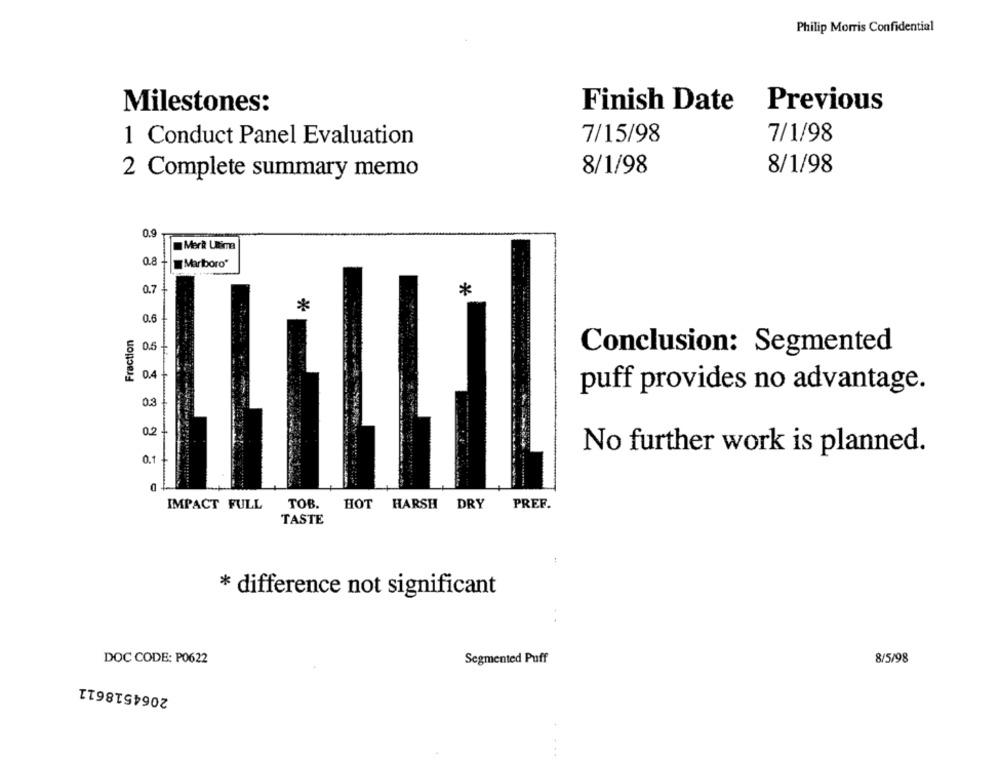
Philip Morris Confidential
Milestones:
Finish Date
Previous
7/15/98
7/1/98
1 Conduct Panel Evaluation
8/1/98
8/1/98
2 Complete summary memo
0.9
Merit Ultima
0.8
Marlboro"
0.7
*
*
Fraction
Conclusion: Segmented
puff provides no advantage.
0.3
0.2
No further work is planned.
0
IMPACT FULL
TOB. HOT HARSH DRY PREF.
TASTE
* difference not significant
DOC CODE: P0622
Segmented Puff
8/5/98
2064518611